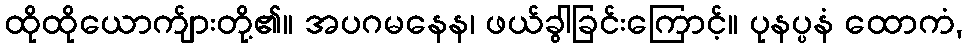
ထိုထိုယောက်ျားတို့၏။ အပဂမနေန၊ ဖယ်ခွါခြင်းကြောင့်။ ပုနပ္ပနံ ထောကံ,